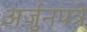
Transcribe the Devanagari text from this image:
अर्जुनपत्रे